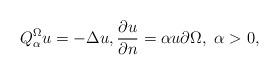
LaTeX: \begin{align*}Q^\Omega_\alpha u=-\Delta u, \dfrac{\partial u}{\partial n}=\alpha u \partial\Omega, \ \alpha>0,\end{align*}